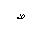
Letter: _sad